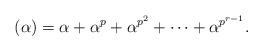
LaTeX: \begin{align*}(\alpha)=\alpha + \alpha^p + \alpha^{p^2}+ \cdots + \alpha^{p^{r-1}}.\end{align*}